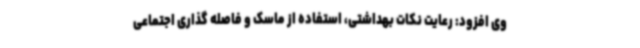
وی افزود: رعایت نکات بهداشتی، استفاده از ماسک و فاصله گذاری اجتماعی